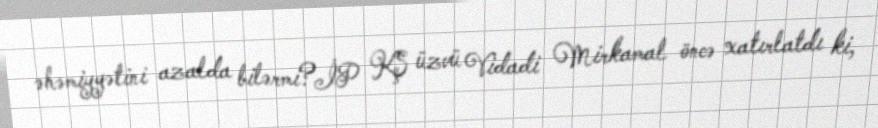
əhəmiyyətini azalda bilərmi?İP KŞ üzvü Vidadi Mirkamal öncə xatırlatdı ki,